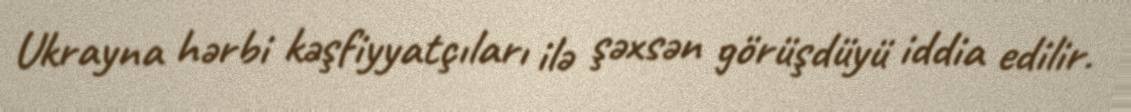
Ukrayna hərbi kəşfiyyatçıları ilə şəxsən görüşdüyü iddia edilir.